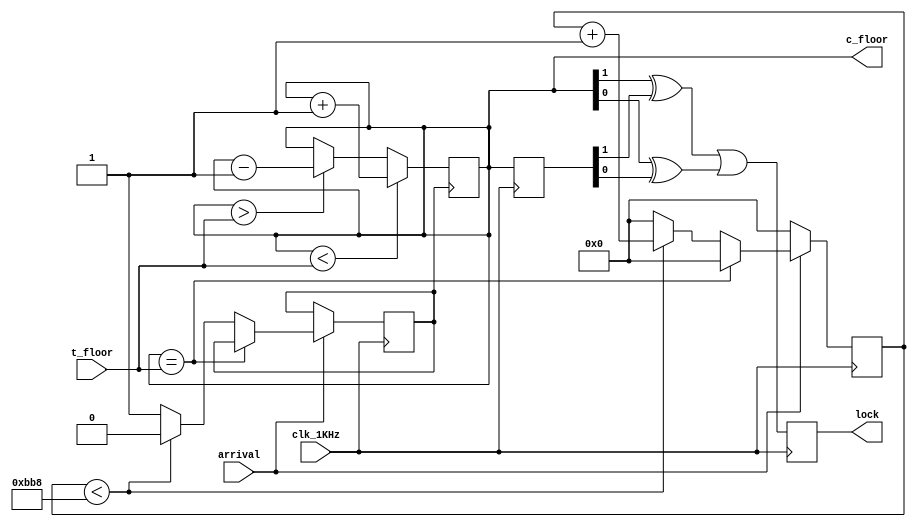
module motor_12(t_floor,clk_1KHz,arrival,c_floor,lock);
input [1:0]t_floor;
output reg [1:0]c_floor;
output reg lock;
reg [1:0]c_floor_delay;
input clk_1KHz,arrival;
reg [15:0]cnt_3;
reg clk_3Hz;

always @ (posedge clk_1KHz)//
begin
if (arrival==1)//
	begin
	if (c_floor==t_floor) cnt_3=0;//=
	else//
		begin 
			if (cnt_3<3000)//3S
				begin
				cnt_3=cnt_3+1'b1;//+1
				clk_3Hz=0;//3Hz0
				end
			else//3S
				begin
				cnt_3=0;//
				clk_3Hz=1;//
				end
		end
	end
	else cnt_3=0;//
end

always @ (posedge clk_3Hz)//
	begin
	if (c_floor<t_floor)c_floor=c_floor+1'b1;//
	else if (c_floor>t_floor)c_floor=c_floor-1'b1;//
	else c_floor=c_floor;
	end

always @ (posedge clk_1KHz)//
begin
	//c_floor1
	lock <= (c_floor[1]^c_floor_delay[1])|(c_floor[0]^c_floor_delay[0]);
	c_floor_delay <= c_floor;
end
	
endmodule